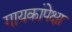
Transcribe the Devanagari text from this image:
गायकांपेक्षा